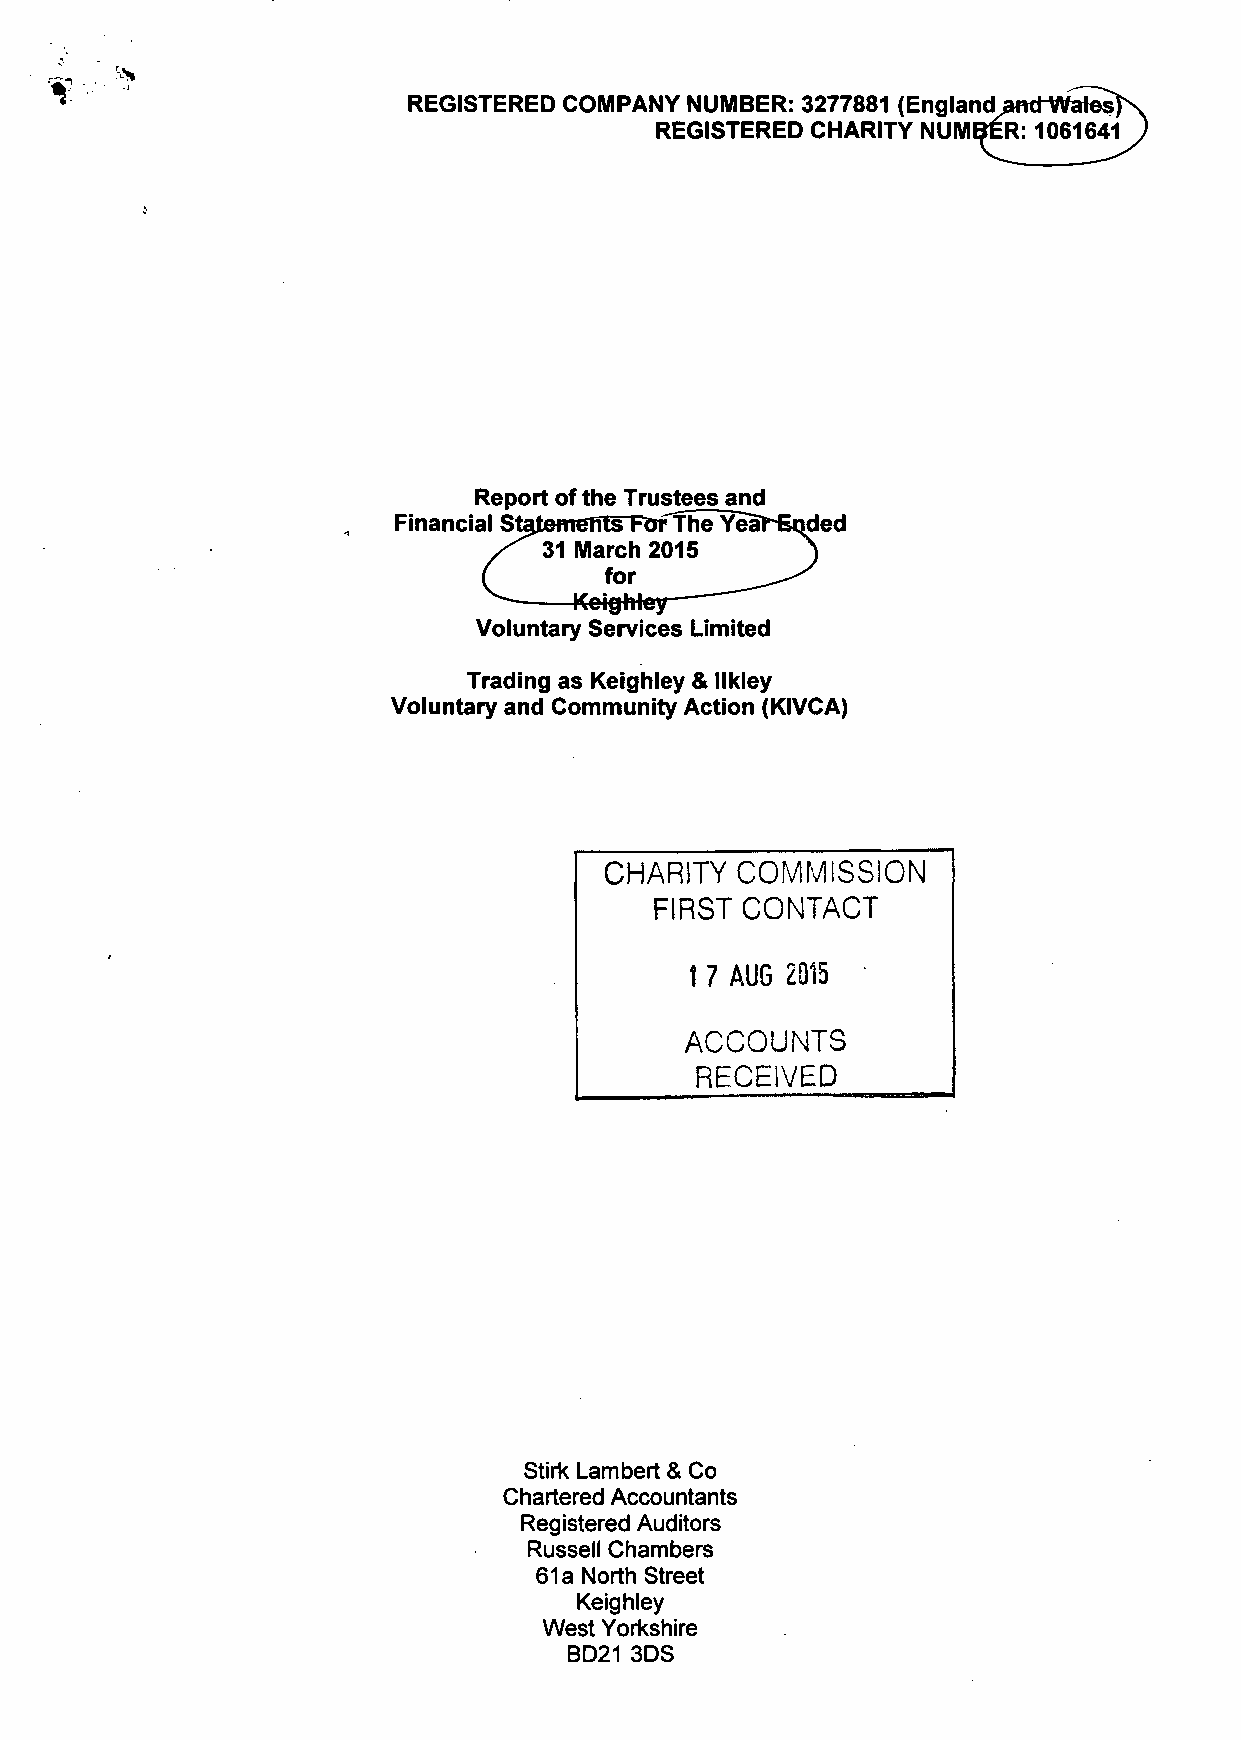
REGISTERED COMPANY NUMBER: 3277881 (England amJ-Wa.es
 REGISTERED CHARITY NUMBER: 1061
 Report of the Trustees and
 Financial St               ded
 Voluntary Services Limited
 Trading as Keighley & llkley
 Voluntary and Community Action (KIVCA)
 CHARITY  COMMISSION
 FIRST CONTACT
 1 7 AUG 2015
 ACCOUNTS
 RECEIVED
 Stirk Lambert & Co
 Chartered Accountants
 Registered Auditors
 Russell Chambers
 61a North Street
 Keighley
 West Yorkshire
 BD21 3DS